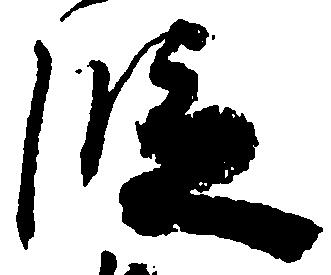
段